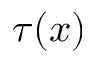
\tau ( x )